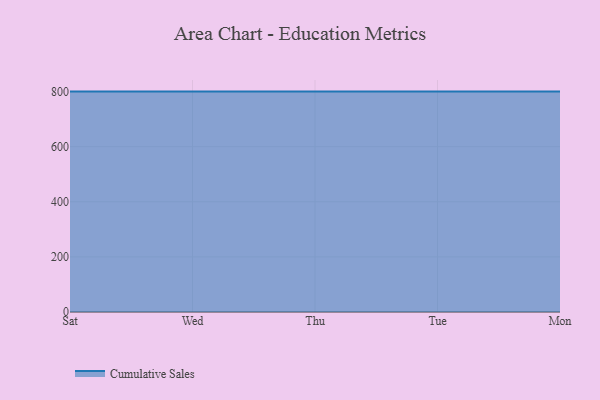
{"axis": {"x": "Day", "y": "Headcount"}, "legend": ["Cumulative Sales"], "data": [{"x": "Sat", "y": 800, "type": "Cumulative Sales"}, {"x": "Wed", "y": 800, "type": "Cumulative Sales"}, {"x": "Thu", "y": 800, "type": "Cumulative Sales"}, {"x": "Tue", "y": 800, "type": "Cumulative Sales"}, {"x": "Mon", "y": 800, "type": "Cumulative Sales"}]}